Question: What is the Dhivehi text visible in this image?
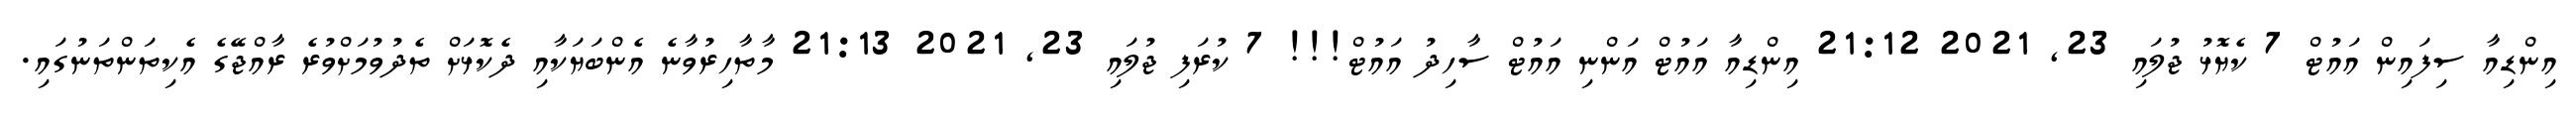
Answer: އިންޑިއާ ސިފައިން އައުޓް 7 ކެޔޮޅު ޖުލައި 23, 2021 21:12 އިންޑިއާ އައުޓް އަންނި އައުޓް ސާހިދު އައުޓް!!! 7 ކުރަފި ޖުލައި 23, 2021 21:13 މާތާހިރުވާނެ އެންބަޔަކާއި ދެކޮޅަށް ތެދުވުމަށްވުރެ ރާއްޖޭގެ އެކިތަންތަނުގައި.